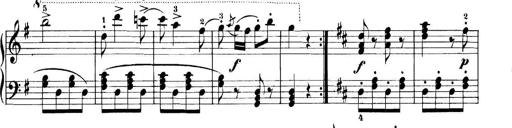
Title: 11 Sonatinas
Composer: Anton Diabelli